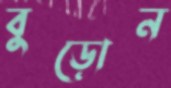
বুড়োন